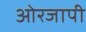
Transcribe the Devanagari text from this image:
ओरजापी